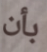
بأن